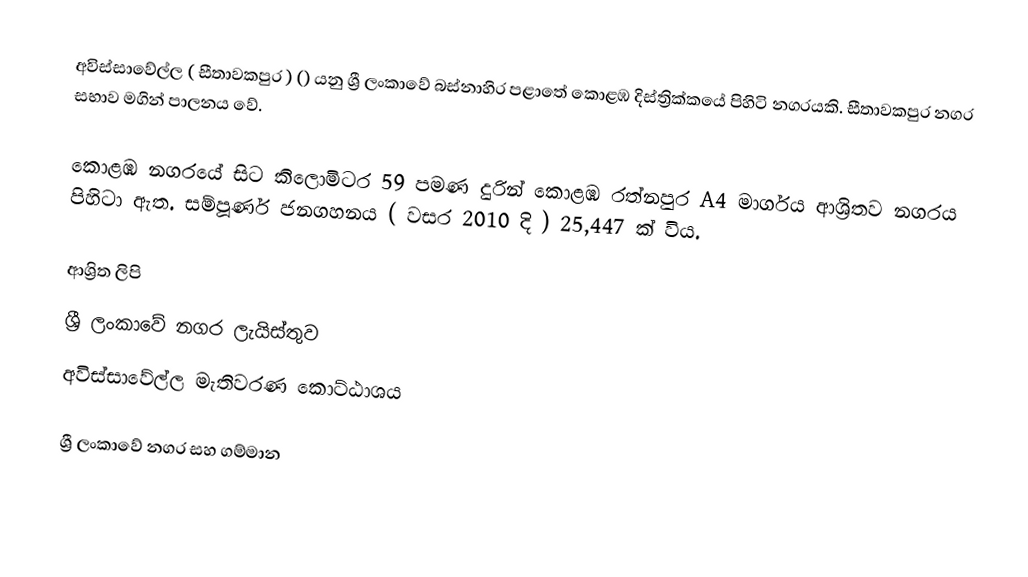
අවිස්සාවේල්ල ( සීතාවකපුර ) () යනු ශ්‍රී ලංකාවේ බස්නාහිර පළාතේ කොළඹ දිස්ත්‍රික්කයේ පිහිටි නගරයකි. සීතාවකපුර නගර සභාව මගින් පාලනය වේ.

කොළඹ නගරයේ සිට කිලොමිටර 59 පමණ දුරින් කොළඹ රත්නපුර A4 මාර්ගය ආශ්‍රිතව නගරය පිහිටා ඇත.  සම්පූර්ණ ජනගහනය ( වසර 2010 දි ) 25,447 ක් විය.

ආශ්‍රිත ලිපි
ශ්‍රී ලංකාවේ නගර ලැයිස්තුව
අවිස්සාවේල්ල මැතිවරණ කොට්ඨාශය

ශ්‍රී ලංකාවේ නගර සහ ගම්මාන